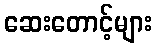
ဆေးတောင့်များ